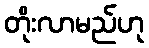
တိုးလာမည်ဟု